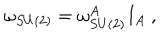
\omega _ { S U ( 2 ) } = \omega _ { S U ( 2 ) } ^ { A } I _ { A } \ ,